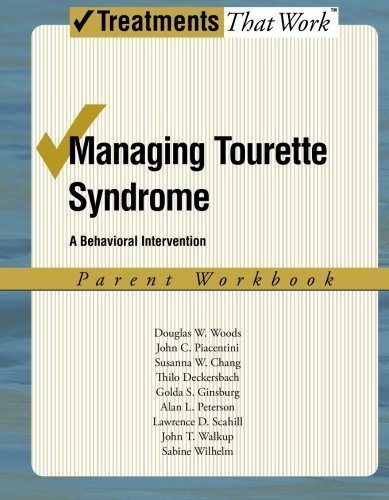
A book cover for Managing Tourette Syndrome: A Behavioral Intervention Workbook, Parent Workbook (Treatments That Work) 1st (first) Edition by Woods, Douglas W., Piacentini, John, Chang, Susanna, Deckers published by Oxford University Press, USA (2008); Health, Fitness & Dieting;